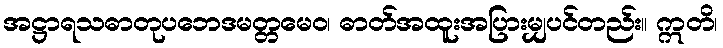
အဋ္ဌာရသဓာတုပဘေဒမတ္တမေဝ၊ ဓာတ်အထူးအပြားမျှပင်တည်း။ ဣတိ၊